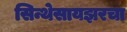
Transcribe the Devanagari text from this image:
सिन्थेसायझरचा